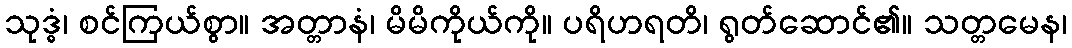
သုဒ္ဓံ၊ စင်ကြယ်စွာ။ အတ္တာနံ၊ မိမိကိုယ်ကို။ ပရိဟရတိ၊ ရွတ်ဆောင်၏။ သတ္တမေန၊